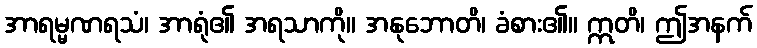
အာရမ္မဏရသံ၊ အာရုံ၏ အရသာကို။ အနုဘောတိ၊ ခံစား၏။ ဣတိ၊ ဤအနက်